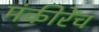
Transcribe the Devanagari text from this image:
मंकीरेंच